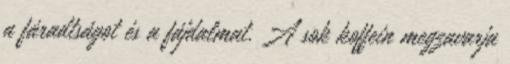
a fáradtságot és a fájdalmat. A sok koffein megzavarja